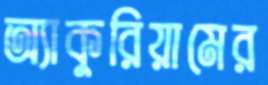
অ্যাকুরিয়ামের